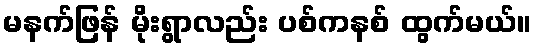
မနက်ဖြန် မိုးရွာလည်း ပစ်ကနစ် ထွက်မယ်။